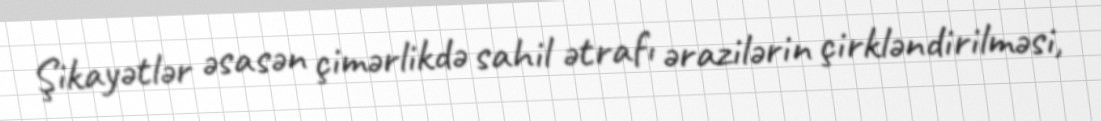
Şikayətlər əsasən çimərlikdə sahil ətrafı ərazilərin çirkləndirilməsi,